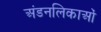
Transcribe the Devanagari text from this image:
अंडनलिकाओं